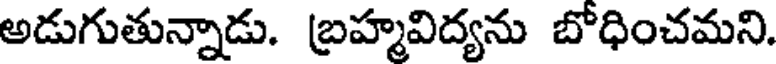
అడుగుతున్నాడు. బ్రహ్మవిద్యను బోధించమని.